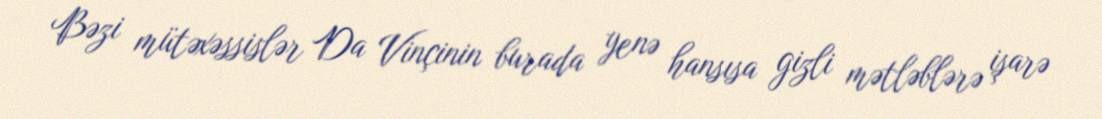
Bəzi mütəxəssislər Da Vinçinin burada yenə hansısa gizli mətləblərə işarə